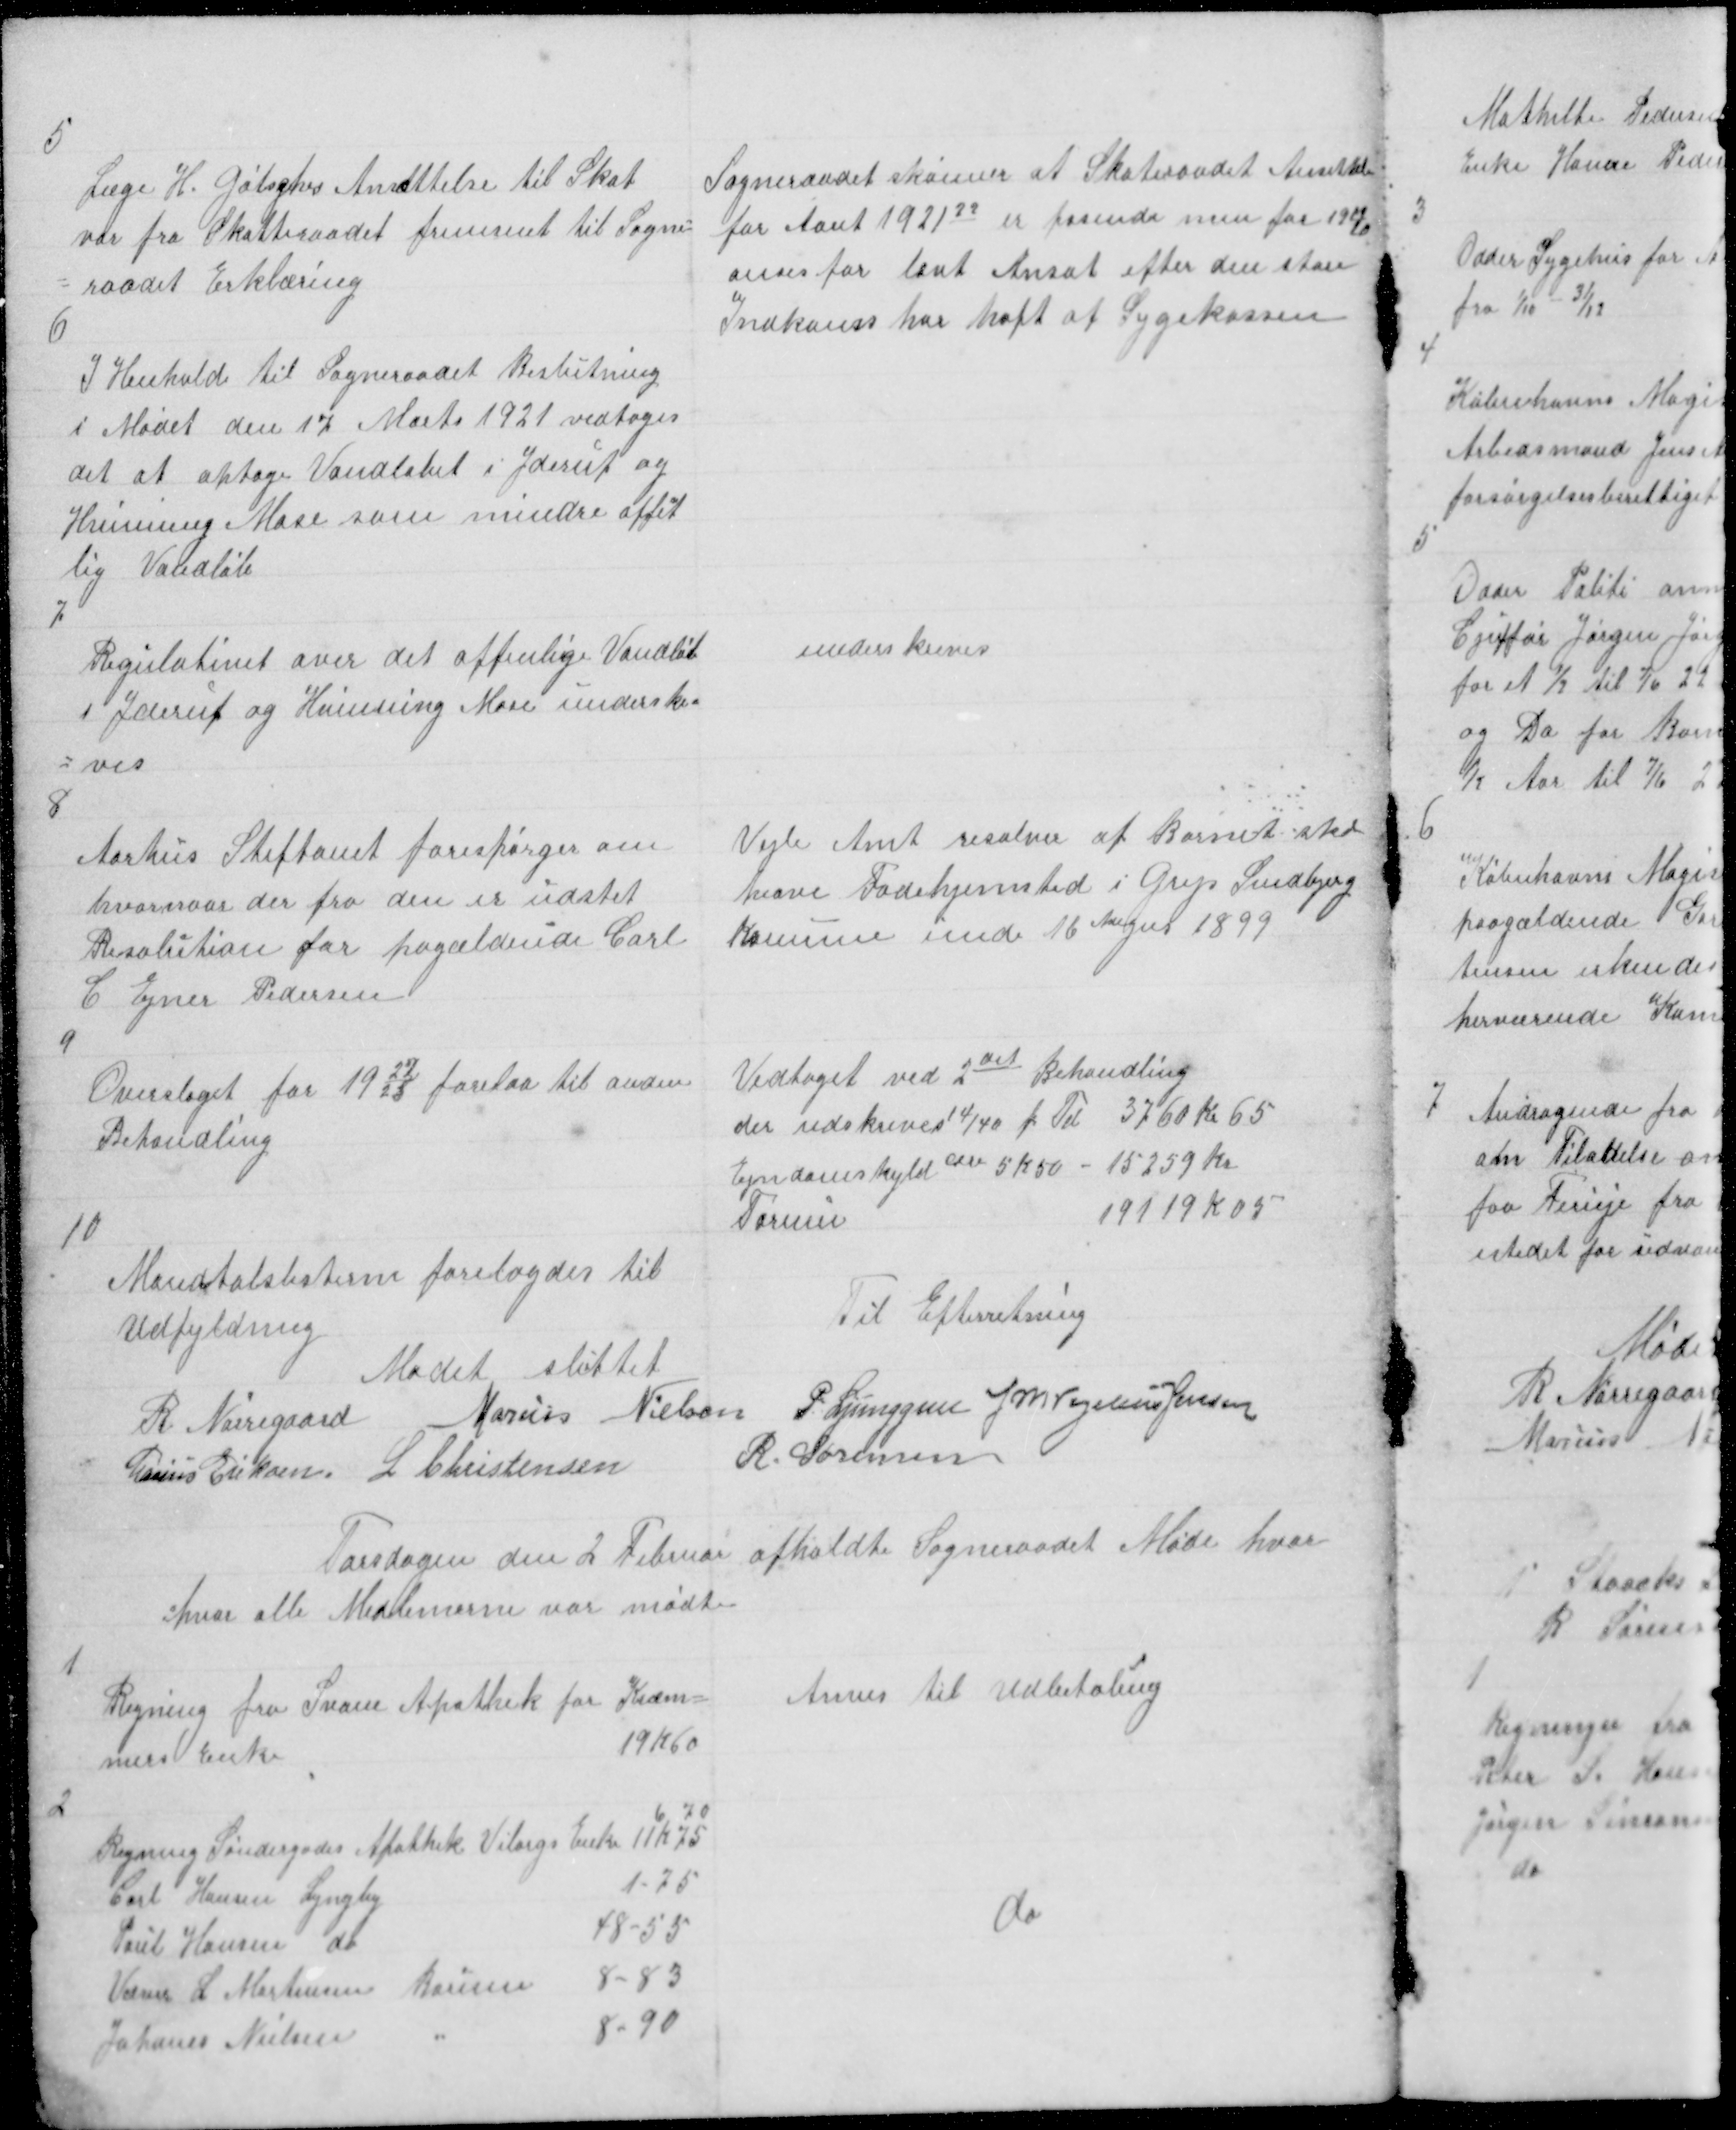
Transskription:
5

Læge H. Gøtsghes Ansættelse til Skat
var fra Skatterraadet fremsent til Sogne =
= raadet Erklæring

Sogneraadet skønner at Skatteraadet Ansettelse
for Aaret 192122 er passende men for 1919/20
anses for lavt Ansat efter den store
Indkoms har haft af Sygekassen

6

I Henhold til Sogneraadet Beslutning
i Mødet den 17 Marts 1921 vedtoges
det at optage Vandløbet i Yderup og
Hvinning Mose som mindre offe
n
t
lig Vandløb

7

Regulativet over det offenlige Vandløb
i Yderup og Hvinning Mose underskr=
=ves

underskreves

8

Aarhus Stiftamt forespørger om
hvornaar der fra den er udstet
Resolution for pagældende Carl
C Ejner Pedersen

Vejle Amt resolver af Barnet skal
have Fødehjemsted i Grejs Sindbjerg
Komune unde 16 Augus 1899

9

Overslaget for 19
22
/23 forelaa til anden
Behandling

Vedtaget ved 2det Behandling
der udskrives 14/40 pr Del 3760 Kr 65
Ejndomskyld

5 K 50 - 15259 Kr
Formue
19119 K 05

10

Mandtalslisterne forelagdes til
Udfyldning
Til Efterretning
Mødet sluttet
R Nørregaard Marius Nielsen P Ljunggren J M Vogelius Jensen
Marius Eriksen L Christensen
R Sørensen

Torsdagen den 2 Februar afholdte Sogneraadet Møde hvor
hvor alle Medlemerne var mødte

1

Regning fra Svane Apothek for Kræm=
mers Enke
19K60

Anvis til Udbetaling

2

do